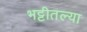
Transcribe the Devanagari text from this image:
भट्टीतल्या